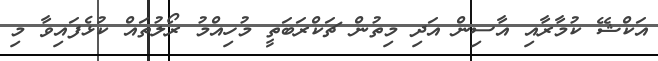
އަކްޝޭ ކުމާރާއި އާސިން އަދި މިތުން ޗަކްރަބަތީ މުހިއްމު ރޯލުތައް ކުޅެފައިވާ މި